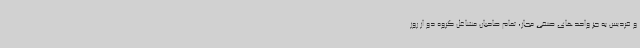
و فردیس به جز واحدهای صنفی مجاز، تمام صاحبان مشاغل گروه دو از روز